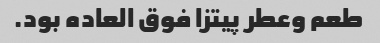
طعم وعطر پیتزا فوق العاده بود.